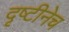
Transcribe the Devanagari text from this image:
दृष्टीनेच